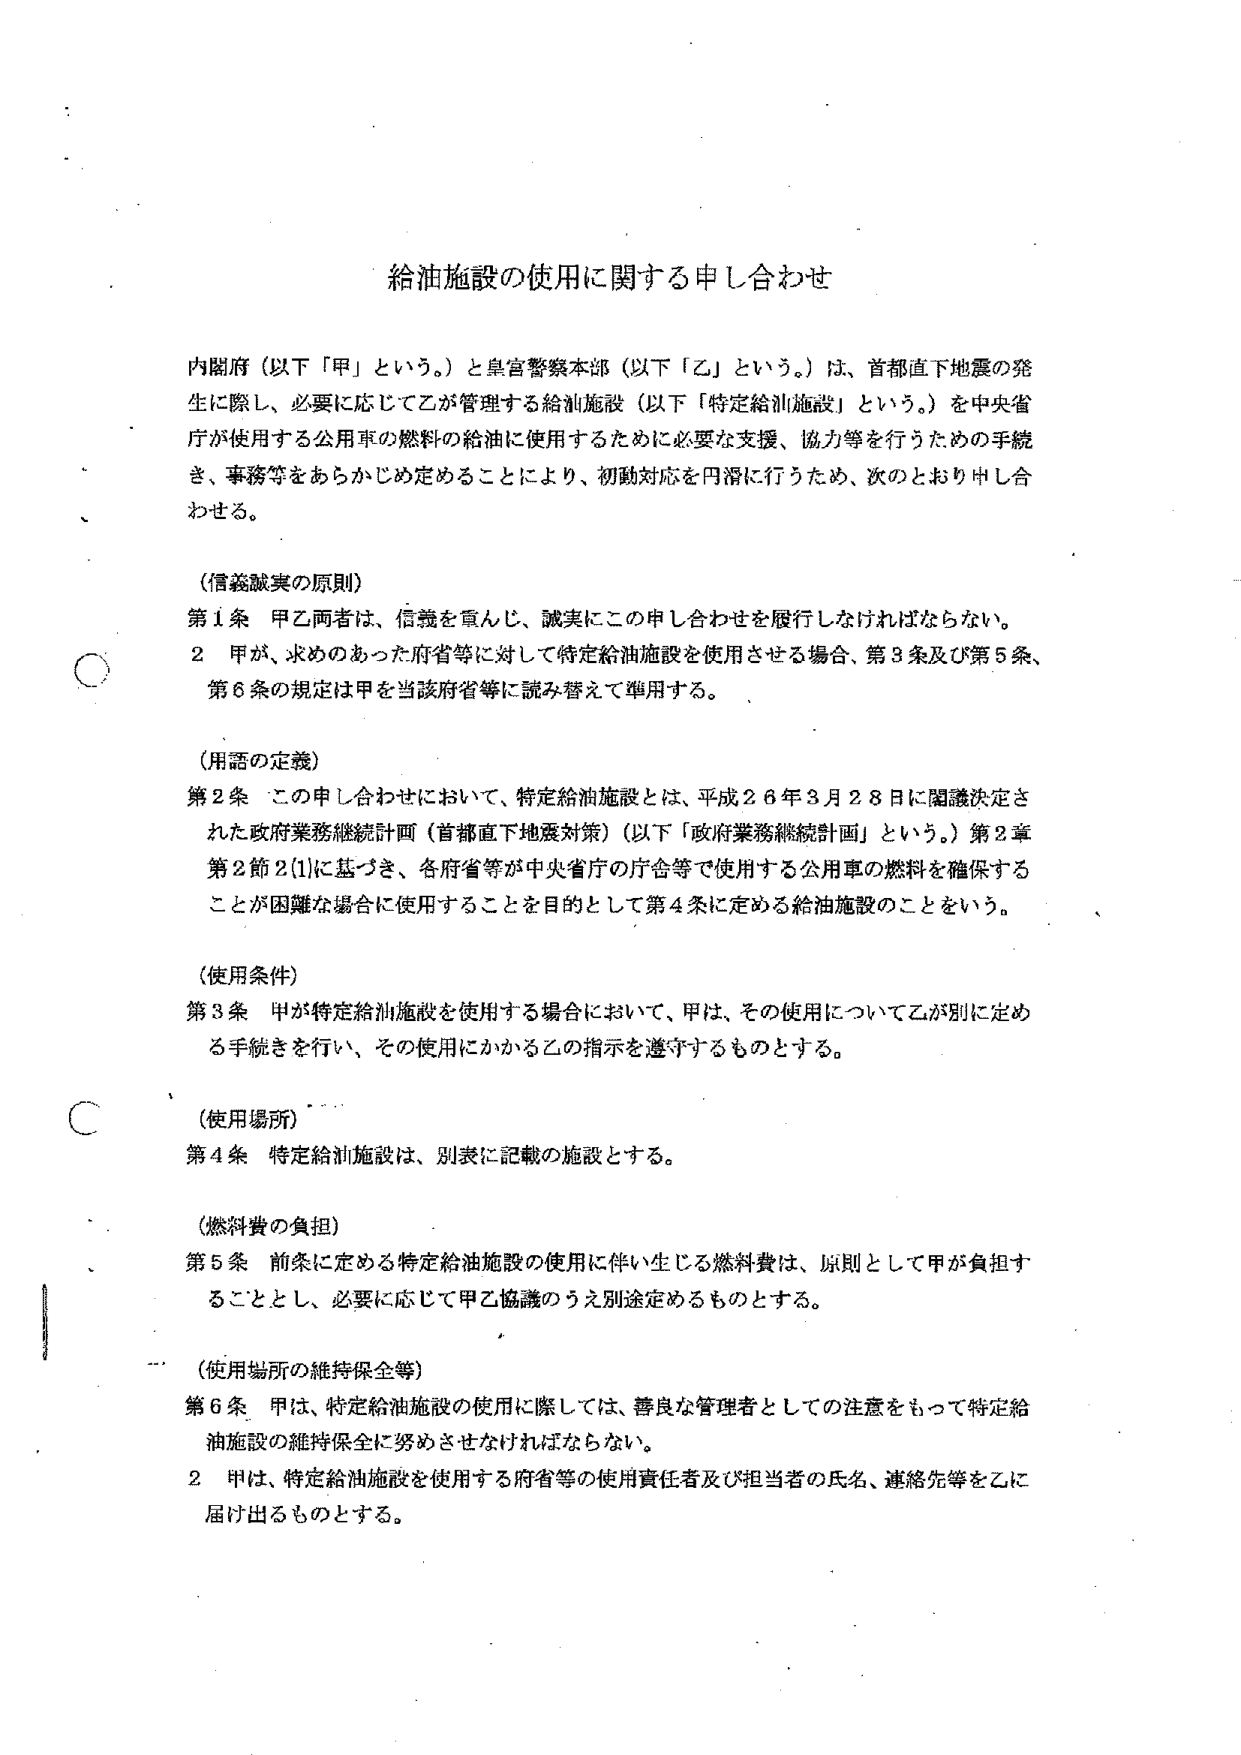
給油施設の使用に関する申し合わせ

内閣府（以下「甲」という。）と皇宮警察本部（以下「乙」という。）は、首都直下地震の発生に際し、必要に応じて乙が管理する給油施設（以下「特定給油施設」という。）を中央省庁が使用する公用車の燃料の給油に使用するために必要な支援、協力等を行うための手続き、事務等をあらかじめ定めることにより、初動対応を円滑に行うため、次のとおり申し合わせる。

（信義誠実の原則）
第1条 甲乙両者は、信義を重んじ、誠実にこの申し合わせを履行しなければならない。
2 甲が、求めのあった府省等に対して特定給油施設を使用させる場合、第3条及び第5条、第6条の規定は甲を当該府省等に読み替えて準用する。

（用語の定義）
第2条 この申し合わせにおいて、特定給油施設とは、平成26年3月28日に閣議決定された政府業務継続計画（首都直下地震対策）（以下「政府業務継続計画」という。）第2章第2節2(1)に基づき、各府省等が中央省庁の庁舎等で使用する公用車の燃料を確保することが困難な場合に使用することを目的として第4条に定める給油施設のことをいう。

（使用条件）
第3条 甲が特定給油施設を使用する場合において、甲は、その使用について乙が別に定める手続きを行い、その使用にかかる乙の指示を遵守するものとする。

（使用場所）
第4条 特定給油施設は、別表に記載の施設とする。

（燃料費の負担）
第5条 前条に定める特定給油施設の使用に伴い生じる燃料費は、原則として甲が負担することとし、必要に応じて甲乙協議のうえ別途定めるものとする。

（使用場所の維持保全等）
第6条 甲は、特定給油施設の使用に際しては、善良な管理者としての注意をもって特定給油施設の維持保全に努めさせなければならない。
2 甲は、特定給油施設を使用する府省等の使用責任者及び担当者の氏名、連絡先等を乙に届け出るものとする。